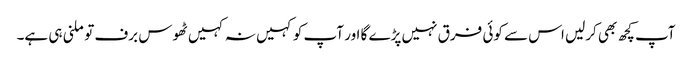
آپ کچھ بھی کرلیں اس سے کوئی فرق نہیں پڑے گا اور آپ کو کہیں نہ کہیں ٹھوس برف تو ملنی ہی ہے۔